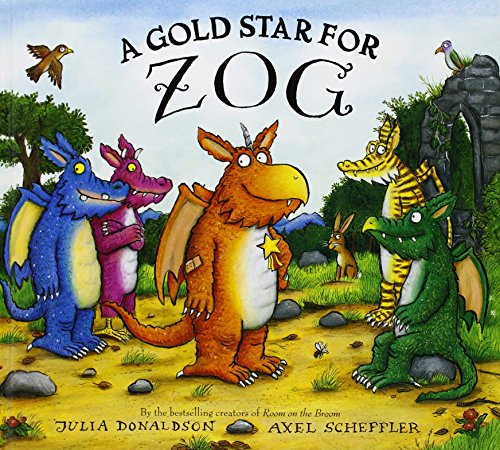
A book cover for A Gold Star for Zog; Julia Donaldson; Children's Books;